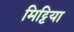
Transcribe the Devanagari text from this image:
मिट्टिया